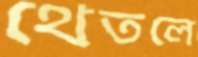
থেতলে